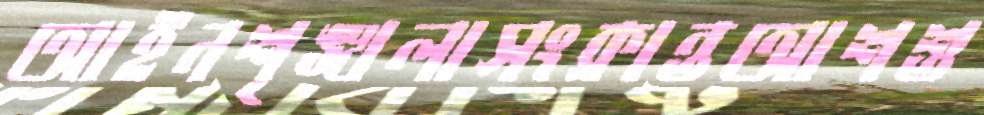
আইনশৃঙ্খলাসংক্রান্তআশশু